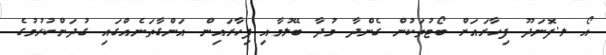
އޯ ލ.ފޮނަދޫ ފިހާރައަށް ބޯޓުތަކުން ގެންދާ މުދާ ބޭލުމާއި ފިހާރައިން އަންގާތަނެއްގައި ގުދަންކުރުމުގެ